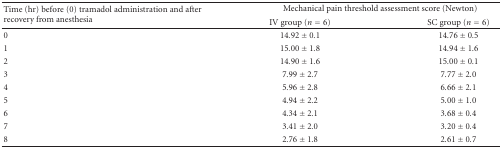
| <ROWSPAN=2> Time (hr) before (0) tramadol administration and after recovery from anesthesia | <COLSPAN=2> Mechanical pain threshold assessment score (Newton) |
 | IV group (n = 6) | SC group (n = 6) |
 | --- | --- | --- |
 | 0 | 14.92 ± 0.1 | 14.76 ± 0.5 |
 | 1 | 15.00 ± 1.8 | 14.94 ± 1.6 |
 | 2 | 14.90 ± 1.6 | 15.00 ± 0.1 |
 | 3 | 7.99 ± 2.7 | 7.77 ± 2.0 |
 | 4 | 5.96 ± 2.8 | 6.66 ± 2.1 |
 | 5 | 4.94 ± 2.2 | 5.00 ± 1.0 |
 | 6 | 4.34 ± 2.1 | 3.68 ± 0.4 |
 | 7 | 3.41 ± 2.0 | 3.20 ± 0.4 |
 | 8 | 2.76 ± 1.8 | 2.61 ± 0.7 |